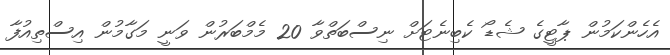
އެހެންކަމުން ޕާޓީގެ ޝެޑޯ ކެބިނެޓަށް ނިސްބަތްވާ 20 މެމްބަރުން ވަނީ މަގާމުން އިސްތިއުފާ